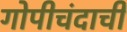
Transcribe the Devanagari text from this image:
गोपीचंदाची